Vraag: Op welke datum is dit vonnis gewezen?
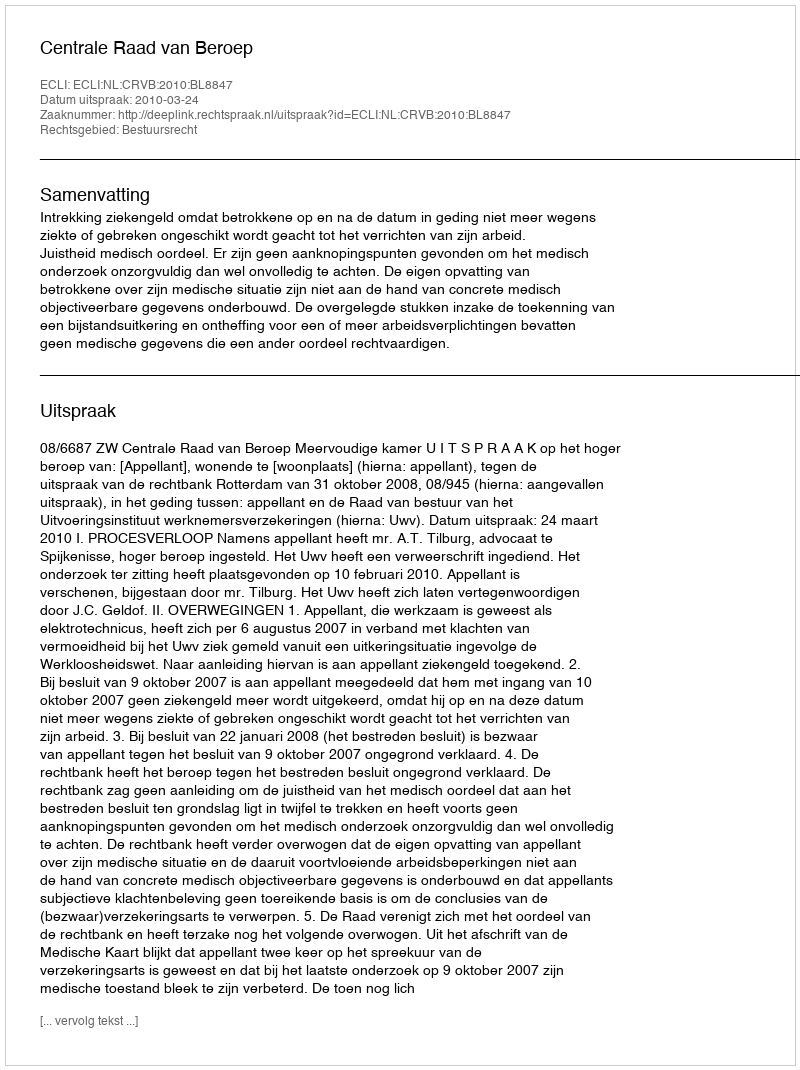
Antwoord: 2010-03-24